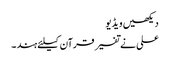
دیکھیں ویڈیو
علی نے تفسیر قرآن کیلئے ہند ۔